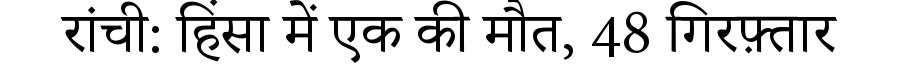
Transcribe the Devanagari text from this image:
रांची: हिंसा में एक की मौत, 48 गिरफ़्तार